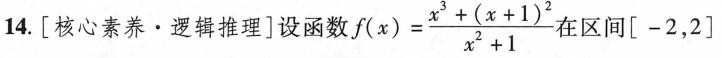
14.[核心素养·逻辑推理]设函数$$f ( x ) = \frac { x ^ { 3 } + ( x + 1 ) ^ { 2 } } { x ^ { 2 } + 1 }$$在区间[-2，2]